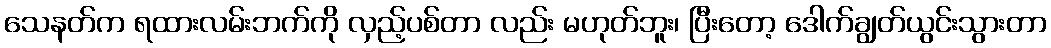
သေနတ်က ရထားလမ်းဘက်ကို လှည့်ပစ်တာ လည်း မဟုတ်ဘူး၊ ပြီးတော့ ဒေါက်ချွတ်ယွင်းသွားတာ